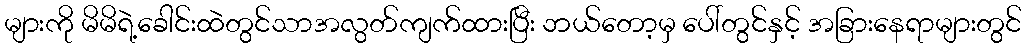
များကို မိမိရဲ့ခေါင်းထဲတွင်သာအလွတ်ကျက်ထားပြီး ဘယ်တော့မှ ပေါ်တွင်နှင့် အခြားနေရာများတွင်